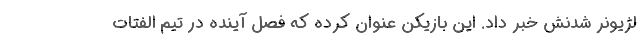
لژیونر شدنش خبر داد. این بازیکن عنوان کرده که فصل آینده در تیم الفتات